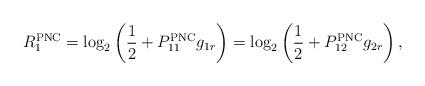
LaTeX: \begin{align*} R_1^{\mathrm{PNC}}=\log_2 \left(\frac{1}{2}+P_{11}^{\mathrm{PNC}}g_{1r} \right)=\log_2 \left(\frac{1}{2}+P_{12}^{\mathrm{PNC}}g_{2r} \right), \end{align*}